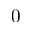
0